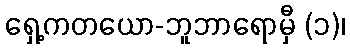
ရှေ့ကတယော-ဘူဘာရောမှီ (၁)၊